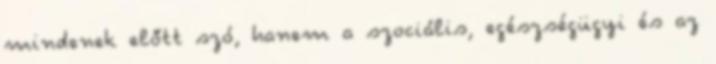
mindenek előtt szó, hanem a szociális, egészségügyi és az